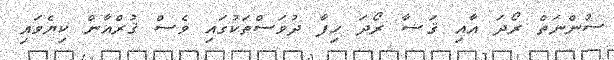
ސުންނަތް ރޯދަ އާއި ޤަޟާ ރޯދަ ހިފާ ދުވަސްތަކުގައި ވެސް ޤުރްއާން ކިޔެވައި